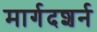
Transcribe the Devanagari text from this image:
मार्गदशर्न